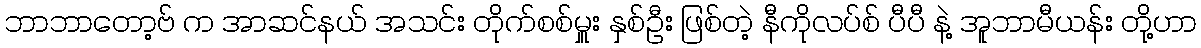
ဘာဘာတော့ဗ် က အာဆင်နယ် အသင်း တိုက်စစ်မှူး နှစ်ဦး ဖြစ်တဲ့ နီကိုလပ်စ် ပီပီ နဲ့ အူဘာမီယန်း တို့ဟာ